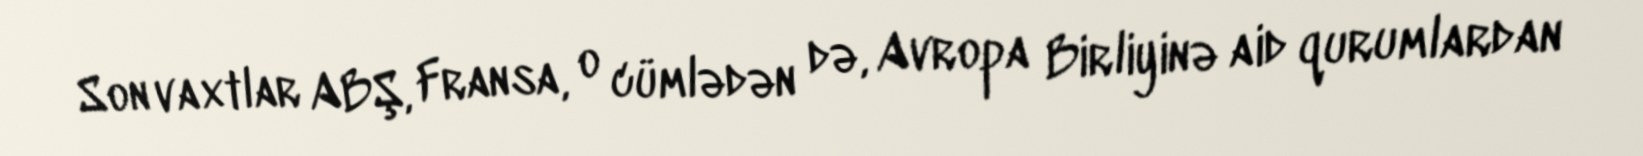
Son vaxtlar ABŞ, Fransa, o cümlədən də, Avropa Birliyinə aid qurumlardan